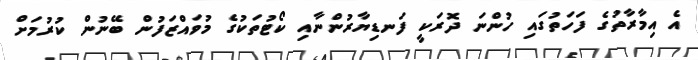
އެ އިމާރާތުގެ ފަހަތުގައި ހުންނަ ދޮރަކީ ފަނޑިޔާރުންނާއި ކޯޓުތަކުގެ މުވައްޒަފުން ބޭނުން ކުރުމަށް